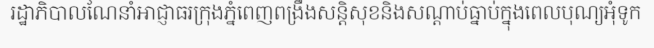
រដ្ឋាភិបាលណែនាំអាជ្ញាធរក្រុងភ្នំពេញពង្រឹងសន្តិសុខនិងសណ្តាប់ធ្នាប់ក្នុងពេលបុណ្យអុំទូក